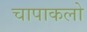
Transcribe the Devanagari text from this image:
चापाकलो